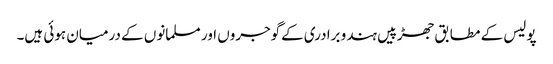
پولیس کے مطابق جھڑپیں ہندو برادری کےگوجروں اور مسلمانوں کے درمیان ہوئی ہیں۔